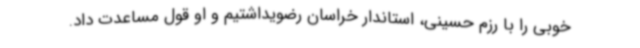
خوبی را با رزم حسینی، استاندار خراسان رضویداشتیم و او قول مساعدت داد.